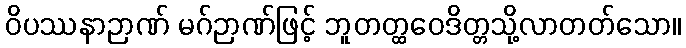
ဝိပဿနာဉာဏ် မဂ်ဉာဏ်ဖြင့် ဘူတတ္ထဝေဒိတ္တသို့လာတတ်သော။